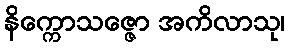
နိက္ကောသဇ္ဇော အကိလာသု၊